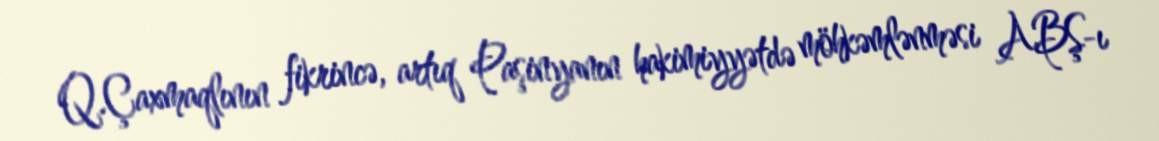
Q.Çaxmaqlının fikrincə, artıq Paşinyanın hakimiyyətdə möhkəmlənməsi ABŞ-ı